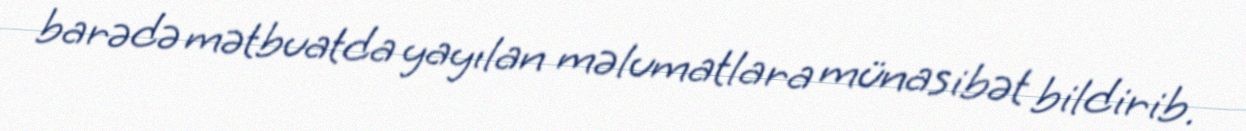
barədə mətbuatda yayılan məlumatlara münasibət bildirib.